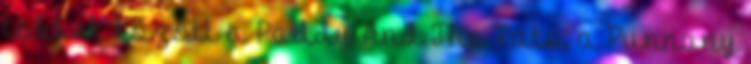
többek között a Paddy And The Rats, a Punnany